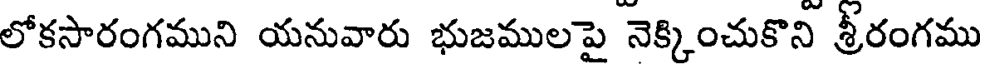
లోకసారంగముని యనువారు భుజములపై నెక్కించుకొని శ్రీరంగము